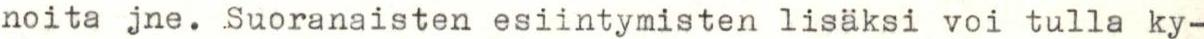
noita jne. Suoranaisten esiintymisten lisäksi voi tulla ky-